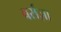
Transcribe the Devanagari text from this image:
बर्राज़ा